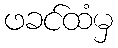
ဖခင်ထံမှ